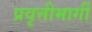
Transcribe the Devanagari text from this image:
प्रवृत्तीमार्गी